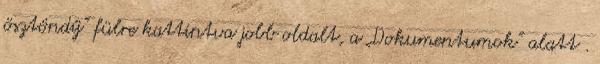
ösztöndíj” fülre kattintva jobb oldalt, a „Dokumentumok” alatt .